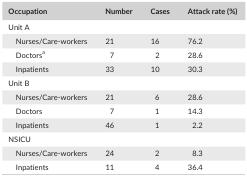
<table><thead><tr><td><b>Occupation</b></td><td><b>Number</b></td><td><b>Cases</b></td><td><b>Attack rate (%)</b></td></tr></thead><tbody><tr><td colspan="4">Unit A</td></tr><tr><td>Nurses/care‐workers</td><td>21</td><td>16</td><td>76.2</td></tr><tr><td>Doctorsa</td><td>7</td><td>2</td><td>28.6</td></tr><tr><td>Inpatients</td><td>33</td><td>10</td><td>30.3</td></tr><tr><td colspan="4">Unit B</td></tr><tr><td>Nurses/care‐workers</td><td>21</td><td>6</td><td>28.6</td></tr><tr><td>Doctors</td><td>7</td><td>1</td><td>14.3</td></tr><tr><td>Inpatients</td><td>46</td><td>1</td><td>2.2</td></tr><tr><td colspan="4">NSICU</td></tr><tr><td>Nurses/Care‐workers</td><td>24</td><td>2</td><td>8.3</td></tr><tr><td>Inpatients</td><td>11</td><td>4</td><td>36.4</td></tr></tbody></table>